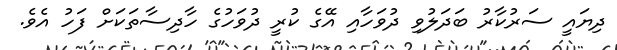
ދިޔައީ ސަރުކާރު ބަދަލުވި ދުވަހާއި އޭގެ ކުރީ ދުވަހުގެ ހާދިސާތަކަށް ފަހު އެވެ.